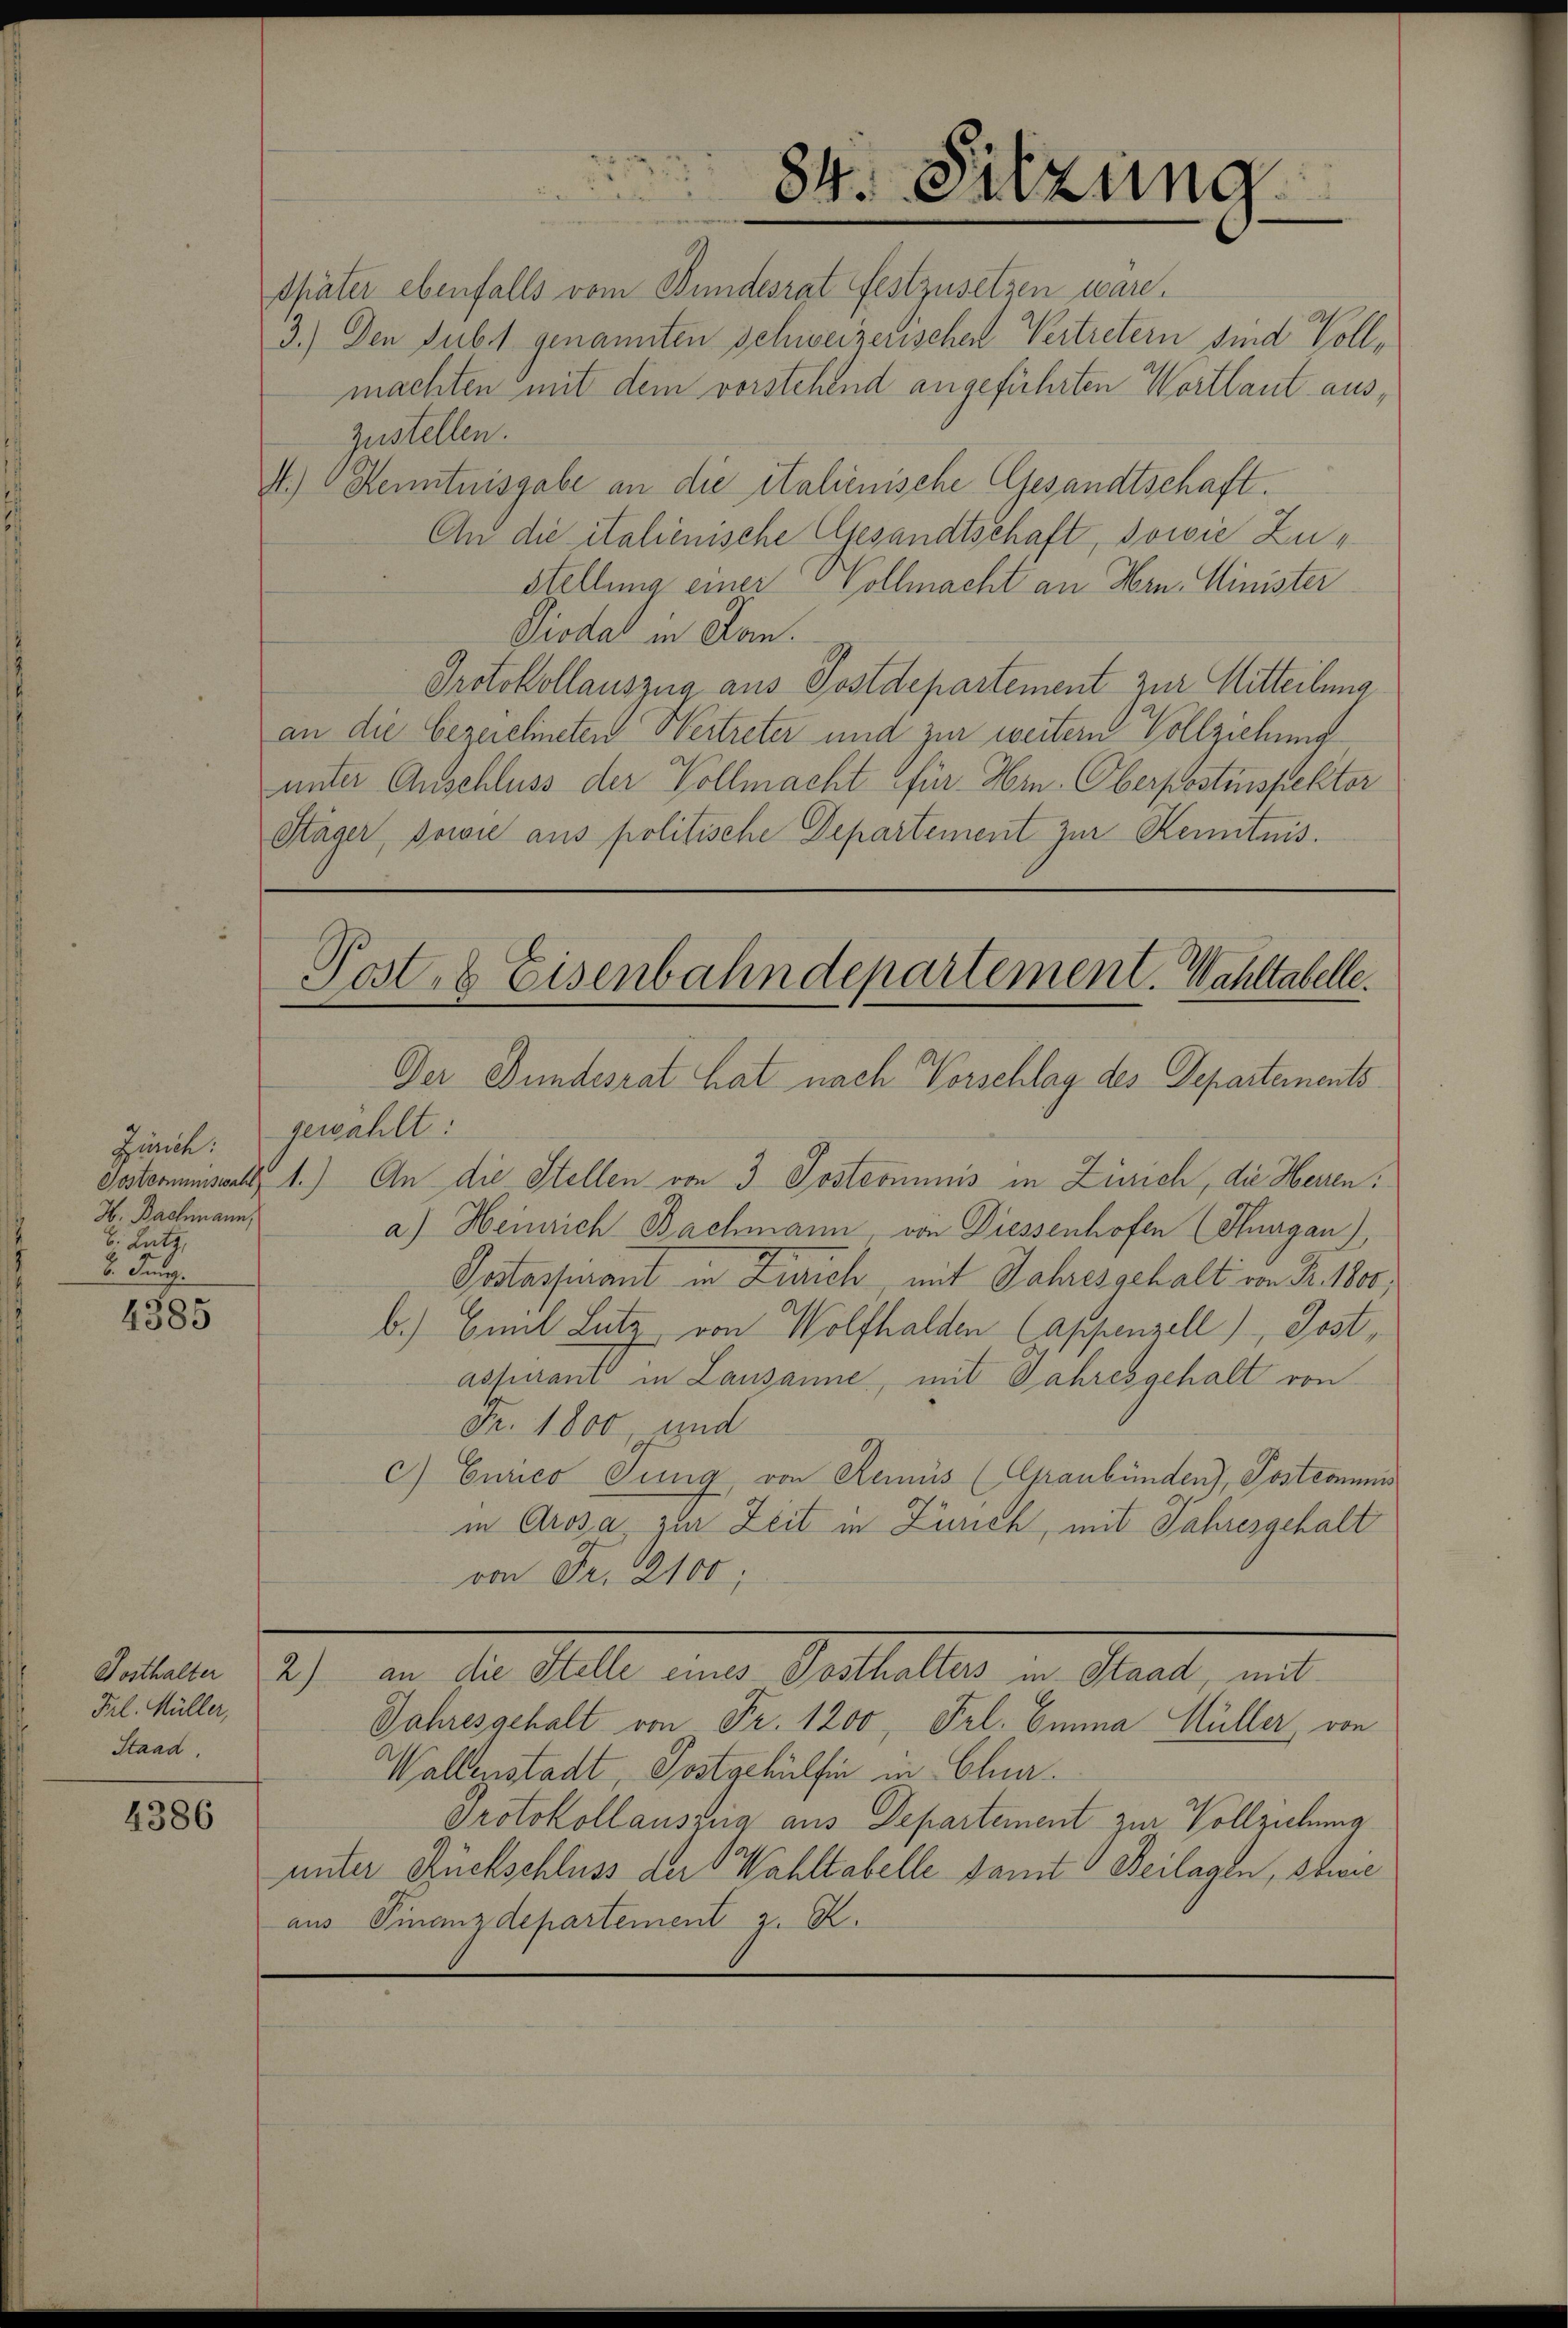
H. Bachmann,
B. Lutz,
8. Jung.

4385

Frl. Müller,
Staad.

4386

Später ebenfalls vom Bundesrat festzusetzen ware.
3.) Den subs genannten Schweizerischen Vertretern sind Vollmachten mit dem vorstehend angeführten Wortlaut auszustellen.
A.) Kenntnisgabe an die italienische Gesandtschaft.
An die italienische Gesandtschaft, sowie Zu¬
Stellung einer Vollmacht an Hrn. Minister
Giodat in Jan.
Protokollauszug aus Postdepartement zur Mitteilung
an die bezeichneten Wertreter und zur weitern Vollziehung
unter Anschluss der Vollmacht für Hrn. Oberpostinspektor
Stäger, sowie aus politische Departement zur Kenntnis.
Der Bundesrat hat nach Vorschlag des Departements
Zürich: gewählt:
Destorumsart 1.) An die Stellen von 3 Postcommis in Zürich, die Herren:
a) Heinrich Bachmann, von Diessenhofen (Thurgau),
Poslassurant in Zürich, mit Jahresgehalt von Fr. 1800
b.) Emil Lutz von Wolfhalden (Appenzell), Jost,
assurant in Lausanne, mit Jahresgehalt von
Fr. 1800 und
c) Curico Jung, von Reinis (Graubünden), Posteamens
in Grosa, zur Zeit in Zürich, mit Jahresgehalt
von Fr. 2100;
Pestalte. Ich den der Mlle eine Sittelten in Staat, mit
Jahresgehalt von Fr. 1200, Frl. Emma Müller, von
Wallenstadt, Postgehülfen in Clu
Protokollauszug aus Departement zur Vollziehung
unter Rückschluss der Wahltabelle samt Beilagen, sowie
aus Finanzdepartement z. Z.

Post. 8 Eisenbahndepartement. Wahltabelle.

84. Sitzung